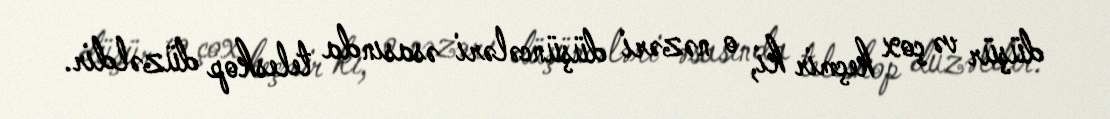
düşür və çox keçmir ki, o nəzəri düşüncələri əsasında teleskop düzəldir.